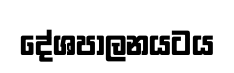
දේශපාලනයටය